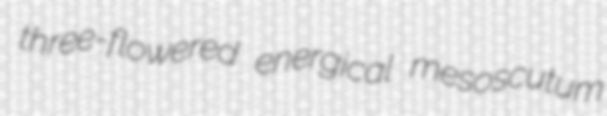
three-flowered energical mesoscutum